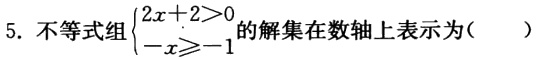
5. 不等式组\(\begin{cases}2x + 2>0 \\ -x\geqslant - 1\end{cases}\)的解集在数轴上表示为( )